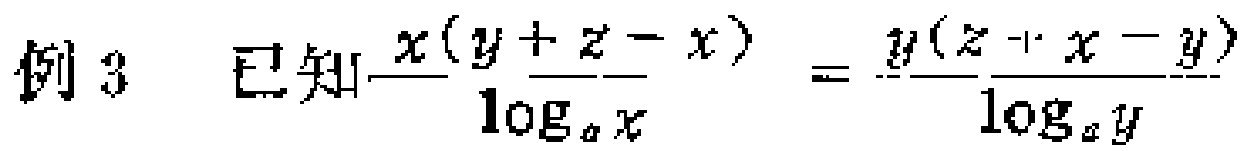
例3 已知$\frac{x(y + z - x)}{\log_{a}x}=\frac{y(z + x - y)}{\log_{a}y}$